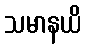
သမာနယိ